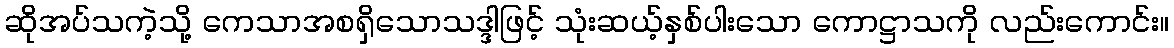
ဆိုအပ်သကဲ့သို့ ကေသာအစရှိသောသဒ္ဒါဖြင့် သုံးဆယ့်နှစ်ပါးသော ကောဋ္ဌာသကို လည်းကောင်း။